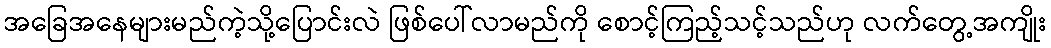
အခြေအနေများမည်ကဲ့သို့ပြောင်းလဲ ဖြစ်ပေါ်လာမည်ကို စောင့်ကြည့်သင့်သည်ဟု လက်တွေ့အကျိုး